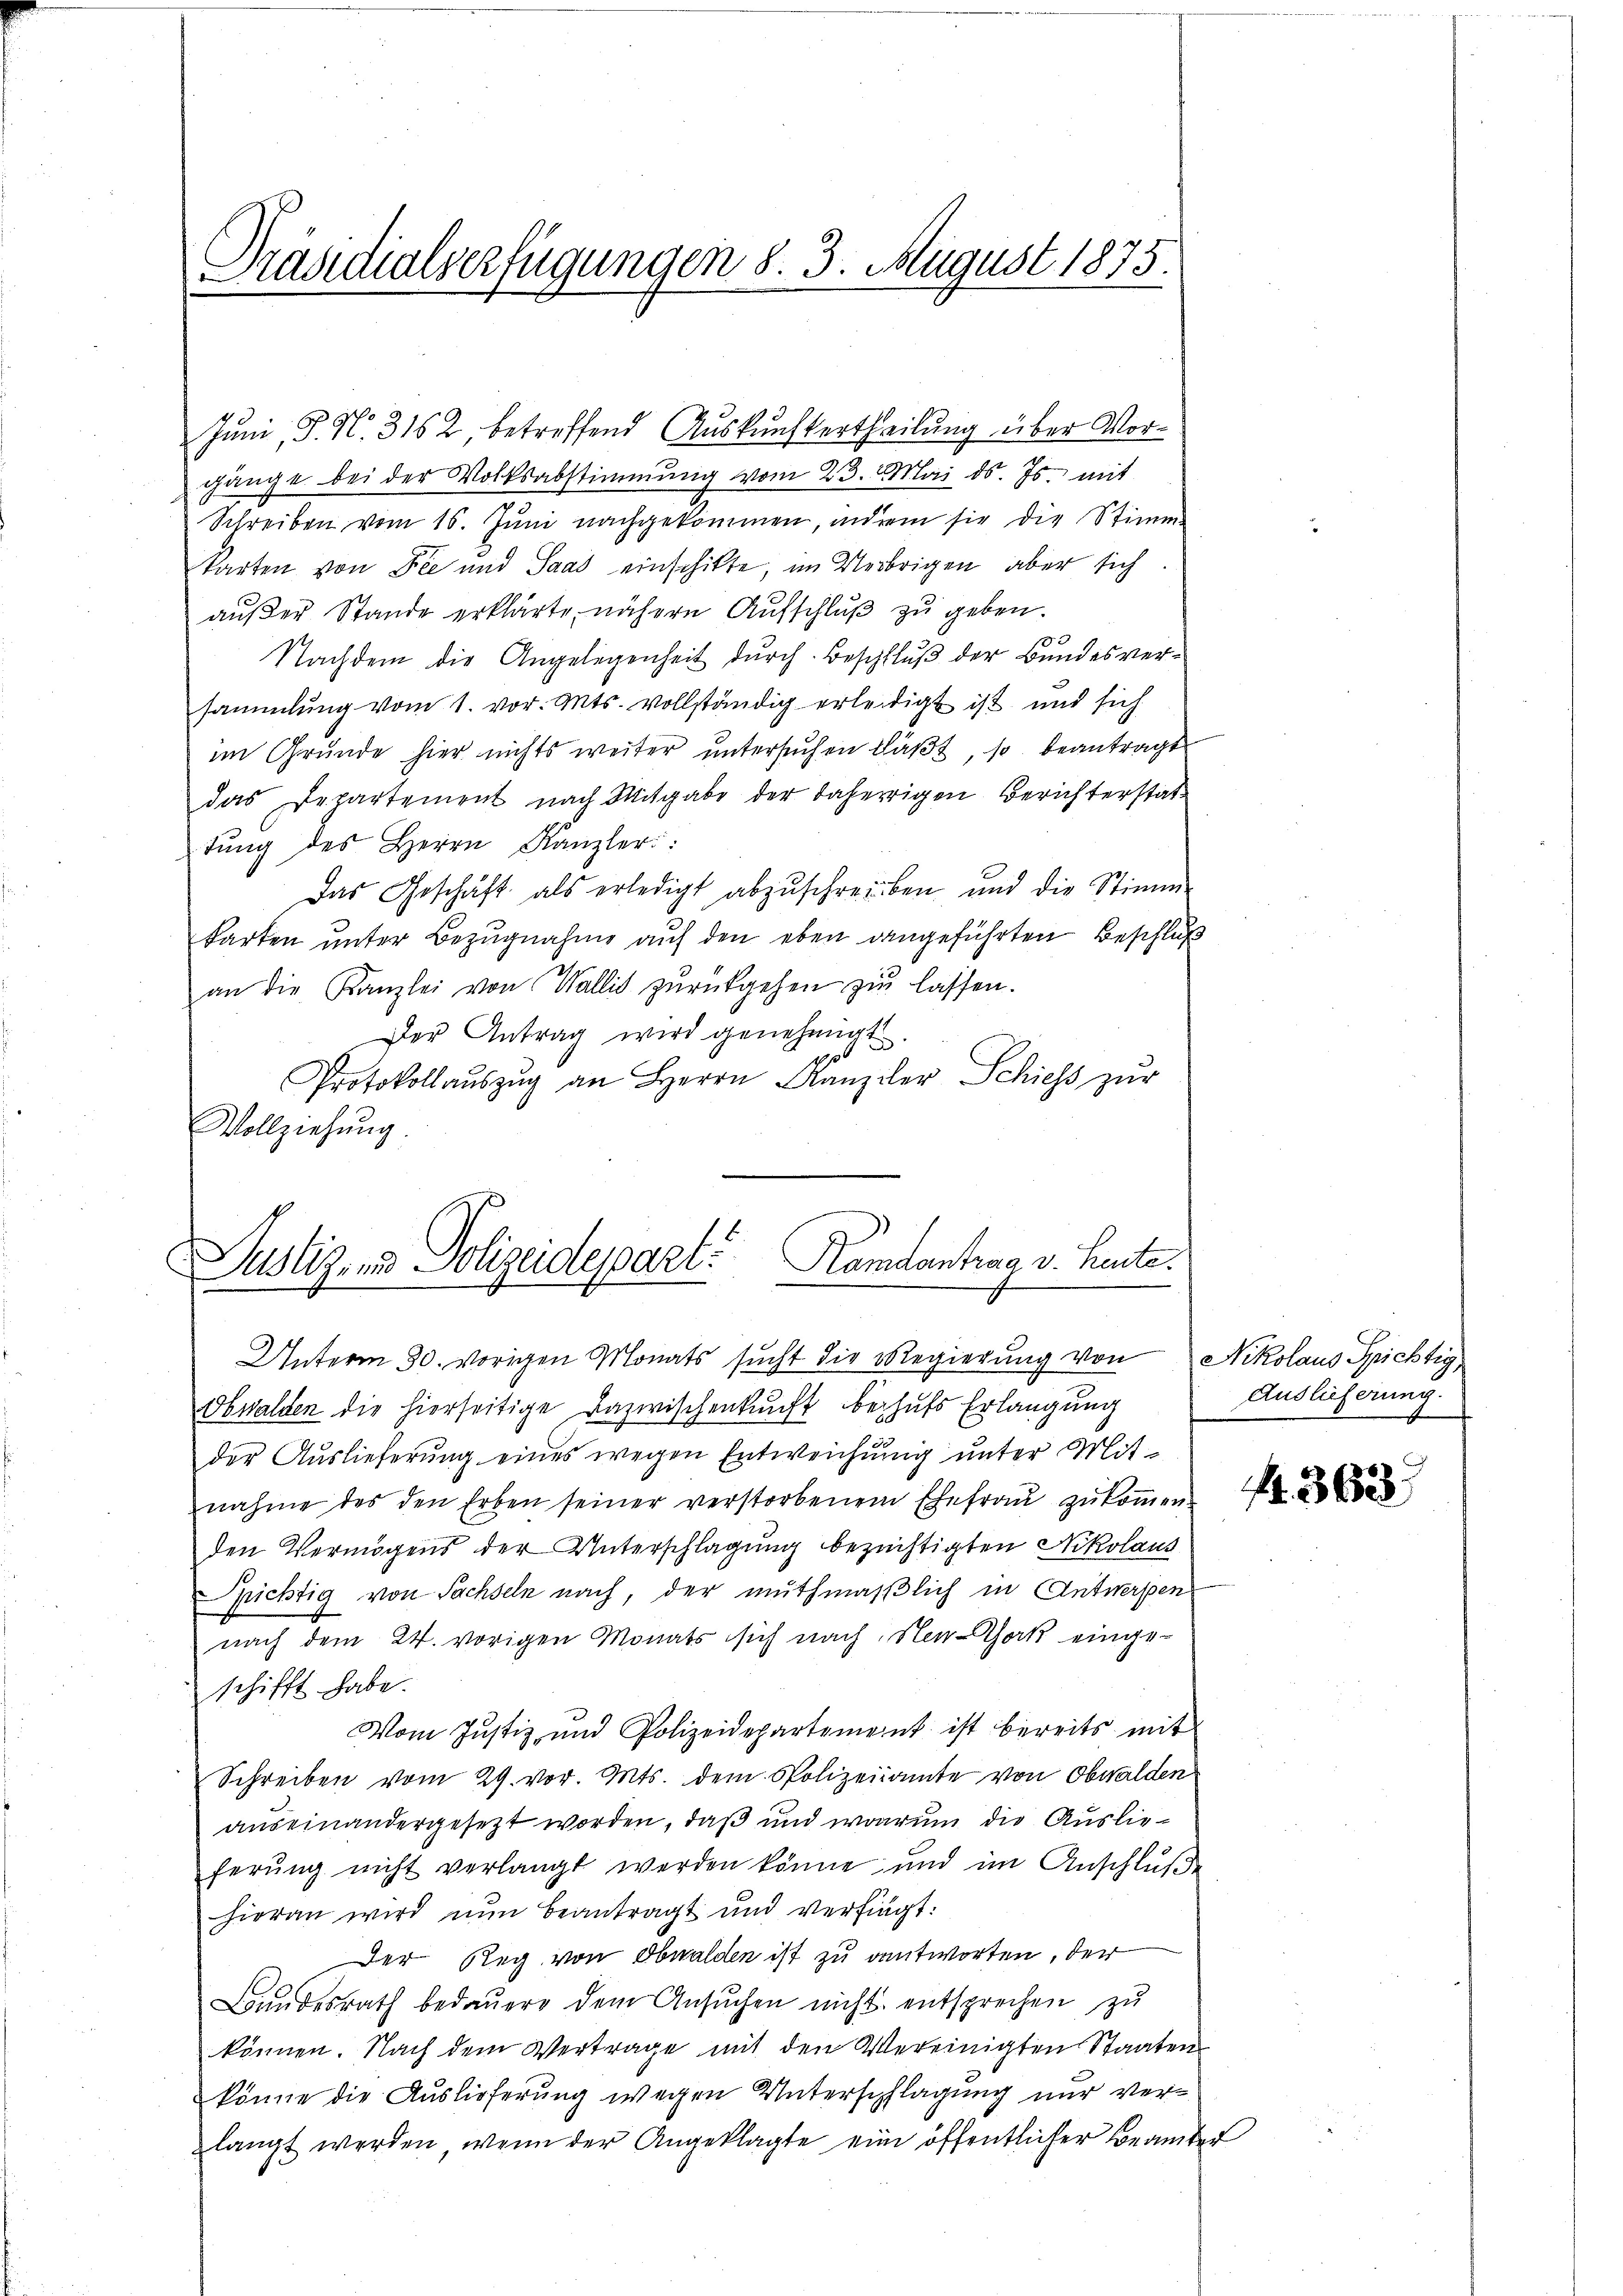
Präsidialverfügungen §. 3. August 1875.

Juni, P. No. 3162 betreffend Auskunftertheilung über Vorgänge bei der Volksabstimmung vom 23. Mai d. Js. mit
Schreiben vom 16. Jŭni nachgekommen, indem sie die Stimme
karten von Die und Saat einschikte, im Verbrigen, aber sich
außer Stande erklärte, nähere Aufschluß zu geben.
32
Nachdem die Angelegenheit durch Beschluß der Bundesversammlung vom 1. vor. Mts. vollständig erleidigt ist und sich
im Grŭnde hier nichts weiter ŭntersŭchen läβt, so beantragt
das Departement nach Mitgabe der daherigen Berichterstat-
tŭng des Herrn Kanzler:
Das Geschäft als erledigt abzŭschreiben und die Stimm-
karten unter Bezugnahme auf den eben dangeführten Beschluß
an die Kanzlei von Wallis zŭrückgehen zŭ lassen.
Der Antrag wird genehmigt
Protokollaŭszŭg an Herrn Kanzler Schiess zur
Vollziehung.

Satz. v. Sulgispenti Rentertrage betr.
Unterm 30. vorigen Monats sucht die Regierung von Nikolaus Spichtig

Obwalden die hierseitige Dazwischenkunft behufs Erlangung
der Auslieferŭng eines wegen Entweichung unter Mit-
nahme des den Erben seiner verstorbenem Ehefraŭ zŭkoṁen
den Vermögens der Unterschlagung bezüchtigten Nikolaus
Richtig von Sachseln nach, der muthmaßlich in Antwerpen
nach dem 24. vorigen Monats sich nach Neu-Sok eingeschifft habe.
Vom Justiz, und Polizeidepartement ist bereits mit
Schreiben vom 29. vor. Mts. dem Polizeiamte von Obwalden
auseinandergesezt worden, daß und warum die Auslieferŭng nicht verlangt werden könne und im Anschlŭβe
hieran wird nun beantragt und verfingt:
Der Reg von Obwalden ist zu antworten, der
Bundesrath bedauern dem Ansŭchen nicht entsprechen zu
können. Nach dem Vertrage mit den Vereinigten Staaten
könne die Auslieferung wegen Unterschlagung nur verlangt werden, wenn der Angeklagte eine öffentlicher Beamtes

Auslieferung.